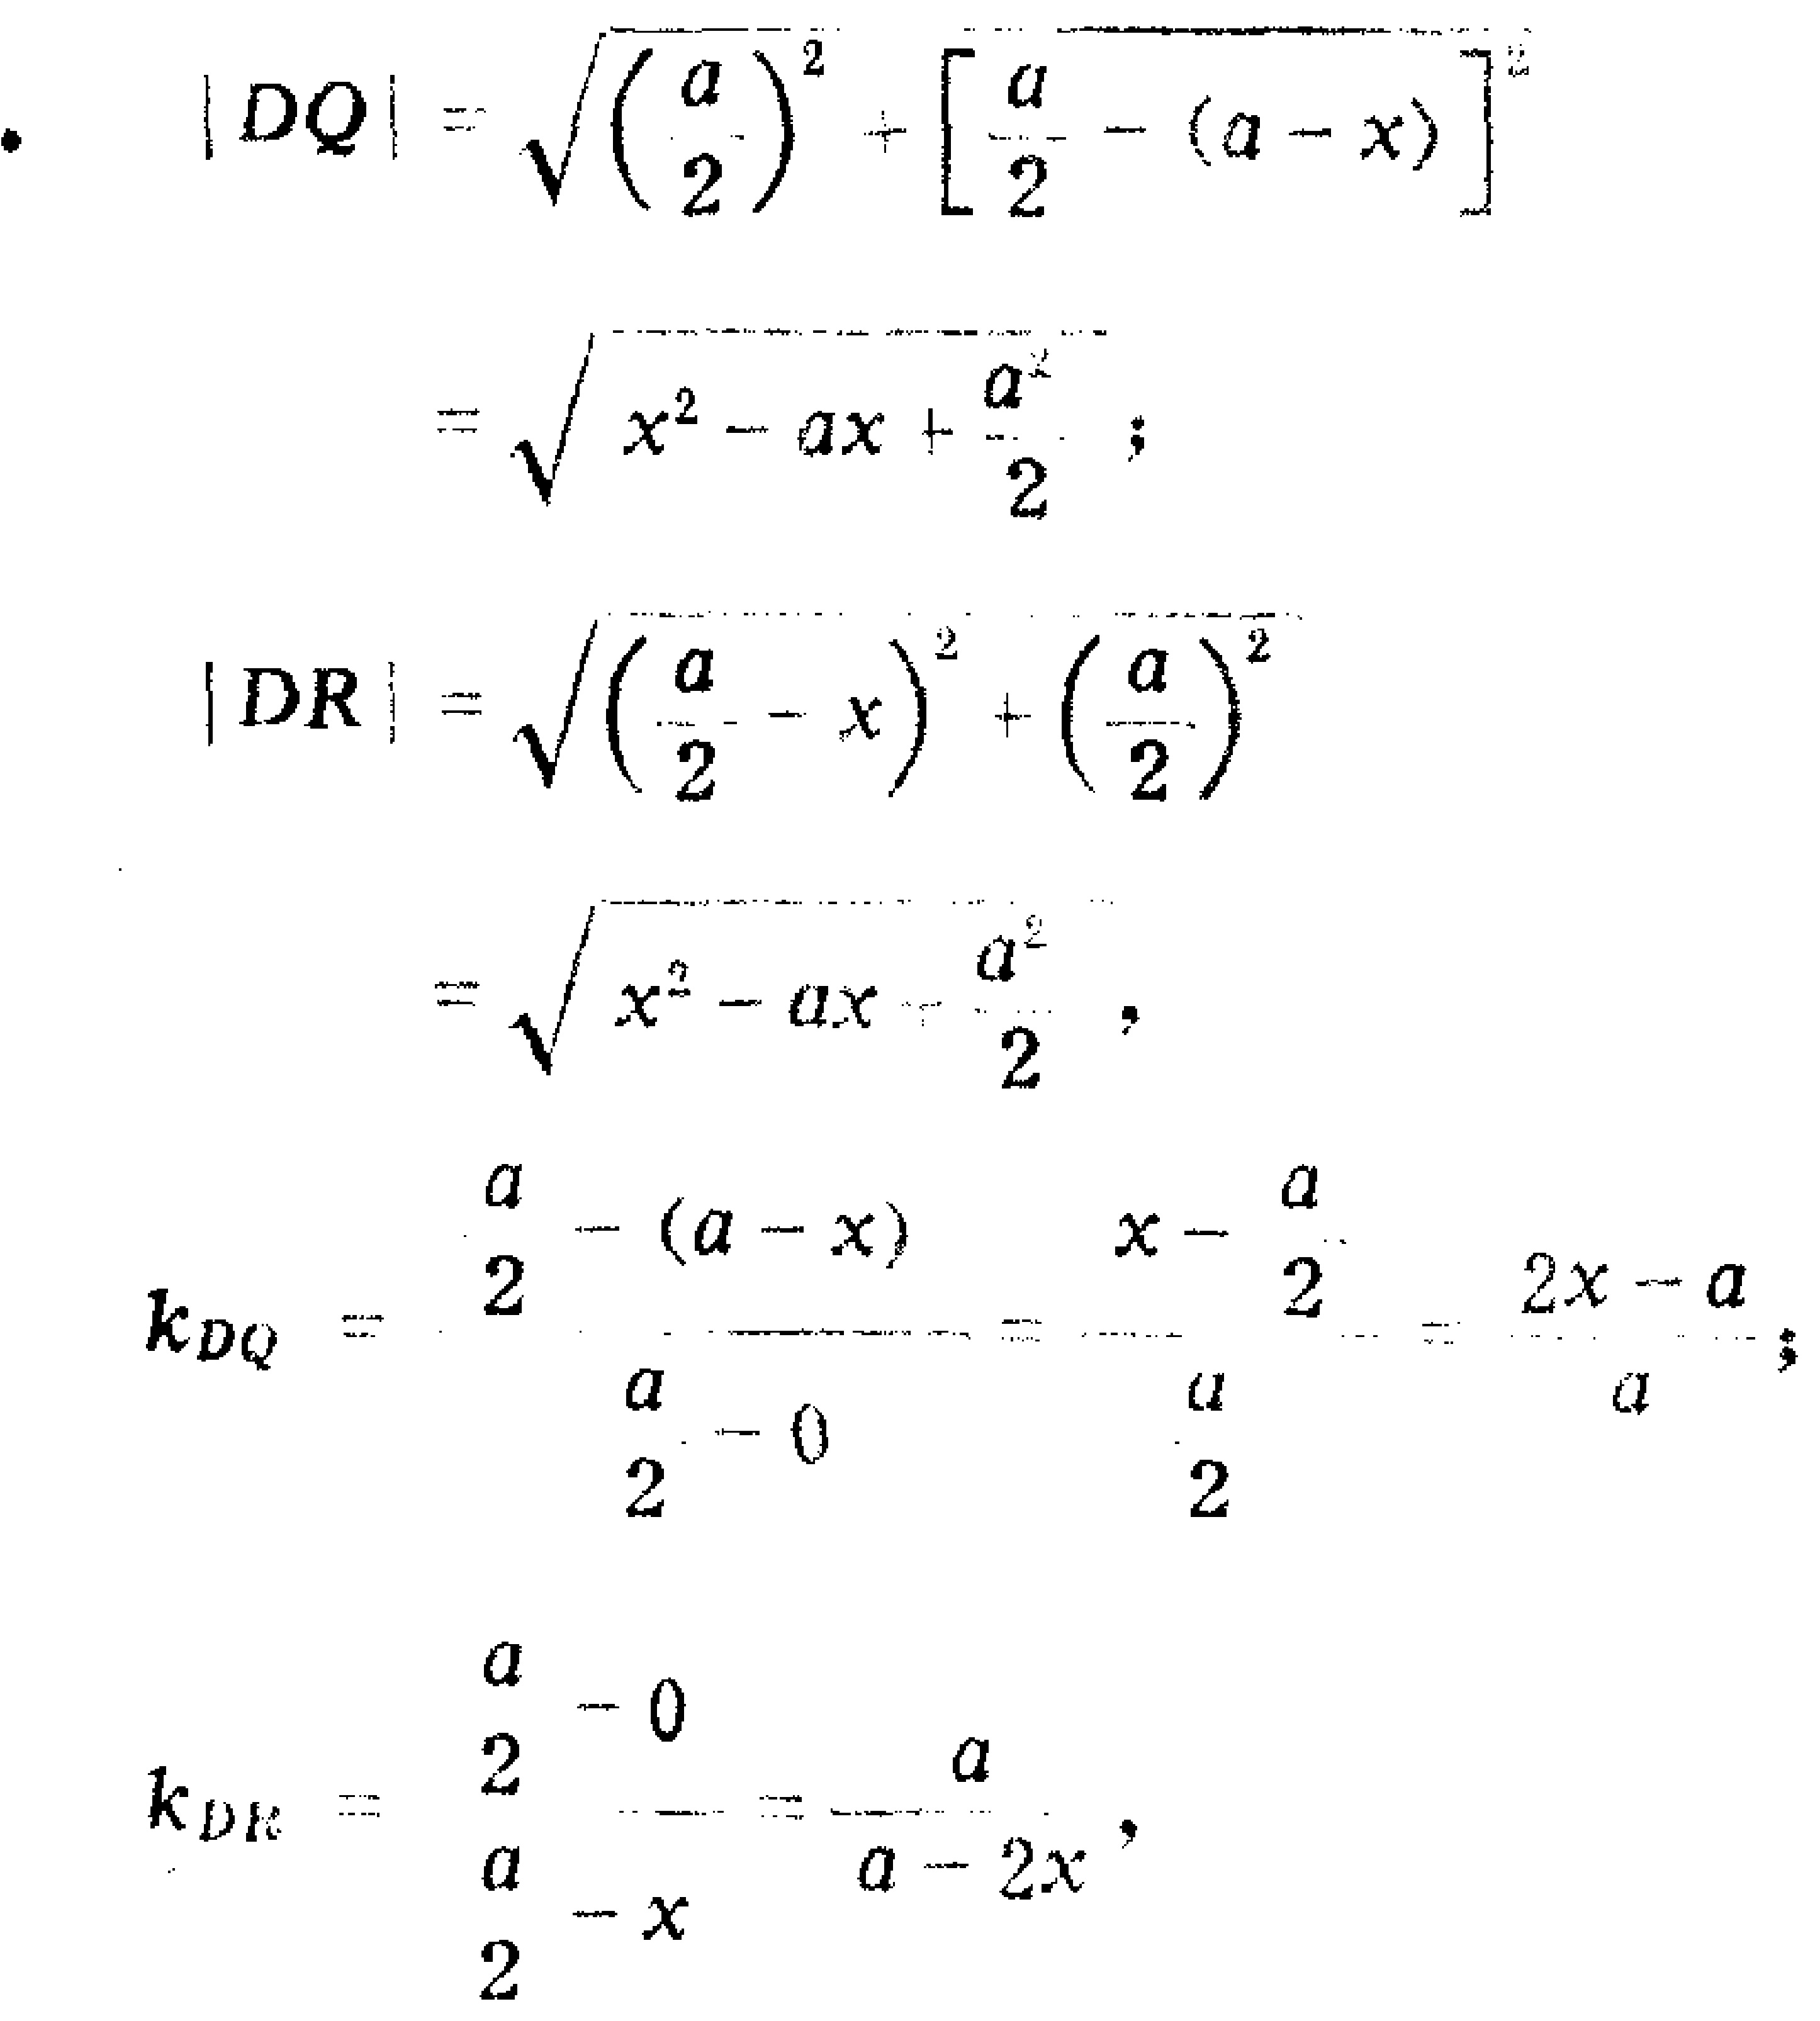
\[
\begin{align*}
|DQ|&=\sqrt{\left(\frac{a}{2}\right)^2+\left[\frac{a}{2}-(a - x)\right]^2}\\
&=\sqrt{x^{2}-ax+\frac{a^{2}}{2}}\\
|DR|&=\sqrt{\left(\frac{a}{2}-x\right)^2+\left(\frac{a}{2}\right)^2}\\
&=\sqrt{x^{2}-ax+\frac{a^{2}}{2}}\\
k_{DQ}&=\frac{\frac{a}{2}-(a - x)}{\frac{a}{2}-0}=\frac{x-\frac{a}{2}}{\frac{a}{2}}=\frac{2x - a}{a}\\
k_{DR}&=\frac{\frac{a}{2}-0}{\frac{a}{2}-x}=\frac{a}{a - 2x}
\end{align*}
\]